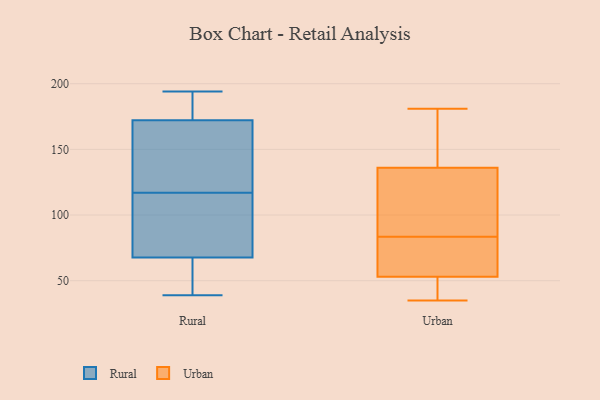
{"axis": {"x": "Satisfaction Score", "y": "Value"}, "legend": ["Rural", "Urban"], "data": [{"x": "", "y": 162, "type": "Rural"}, {"x": "", "y": 100, "type": "Rural"}, {"x": "", "y": 61, "type": "Rural"}, {"x": "", "y": 193, "type": "Rural"}, {"x": "", "y": 53, "type": "Rural"}, {"x": "", "y": 42, "type": "Rural"}, {"x": "", "y": 88, "type": "Rural"}, {"x": "", "y": 156, "type": "Rural"}, {"x": "", "y": 194, "type": "Rural"}, {"x": "", "y": 177, "type": "Rural"}, {"x": "", "y": 117, "type": "Rural"}, {"x": "", "y": 39, "type": "Rural"}, {"x": "", "y": 96, "type": "Rural"}, {"x": "", "y": 167, "type": "Rural"}, {"x": "", "y": 174, "type": "Rural"}, {"x": "", "y": 181, "type": "Urban"}, {"x": "", "y": 67, "type": "Urban"}, {"x": "", "y": 151, "type": "Urban"}, {"x": "", "y": 180, "type": "Urban"}, {"x": "", "y": 70, "type": "Urban"}, {"x": "", "y": 53, "type": "Urban"}, {"x": "", "y": 90, "type": "Urban"}, {"x": "", "y": 133, "type": "Urban"}, {"x": "", "y": 115, "type": "Urban"}, {"x": "", "y": 46, "type": "Urban"}, {"x": "", "y": 49, "type": "Urban"}, {"x": "", "y": 35, "type": "Urban"}, {"x": "", "y": 77, "type": "Urban"}, {"x": "", "y": 106, "type": "Urban"}, {"x": "", "y": 168, "type": "Urban"}, {"x": "", "y": 54, "type": "Urban"}, {"x": "", "y": 136, "type": "Urban"}, {"x": "", "y": 52, "type": "Urban"}]}